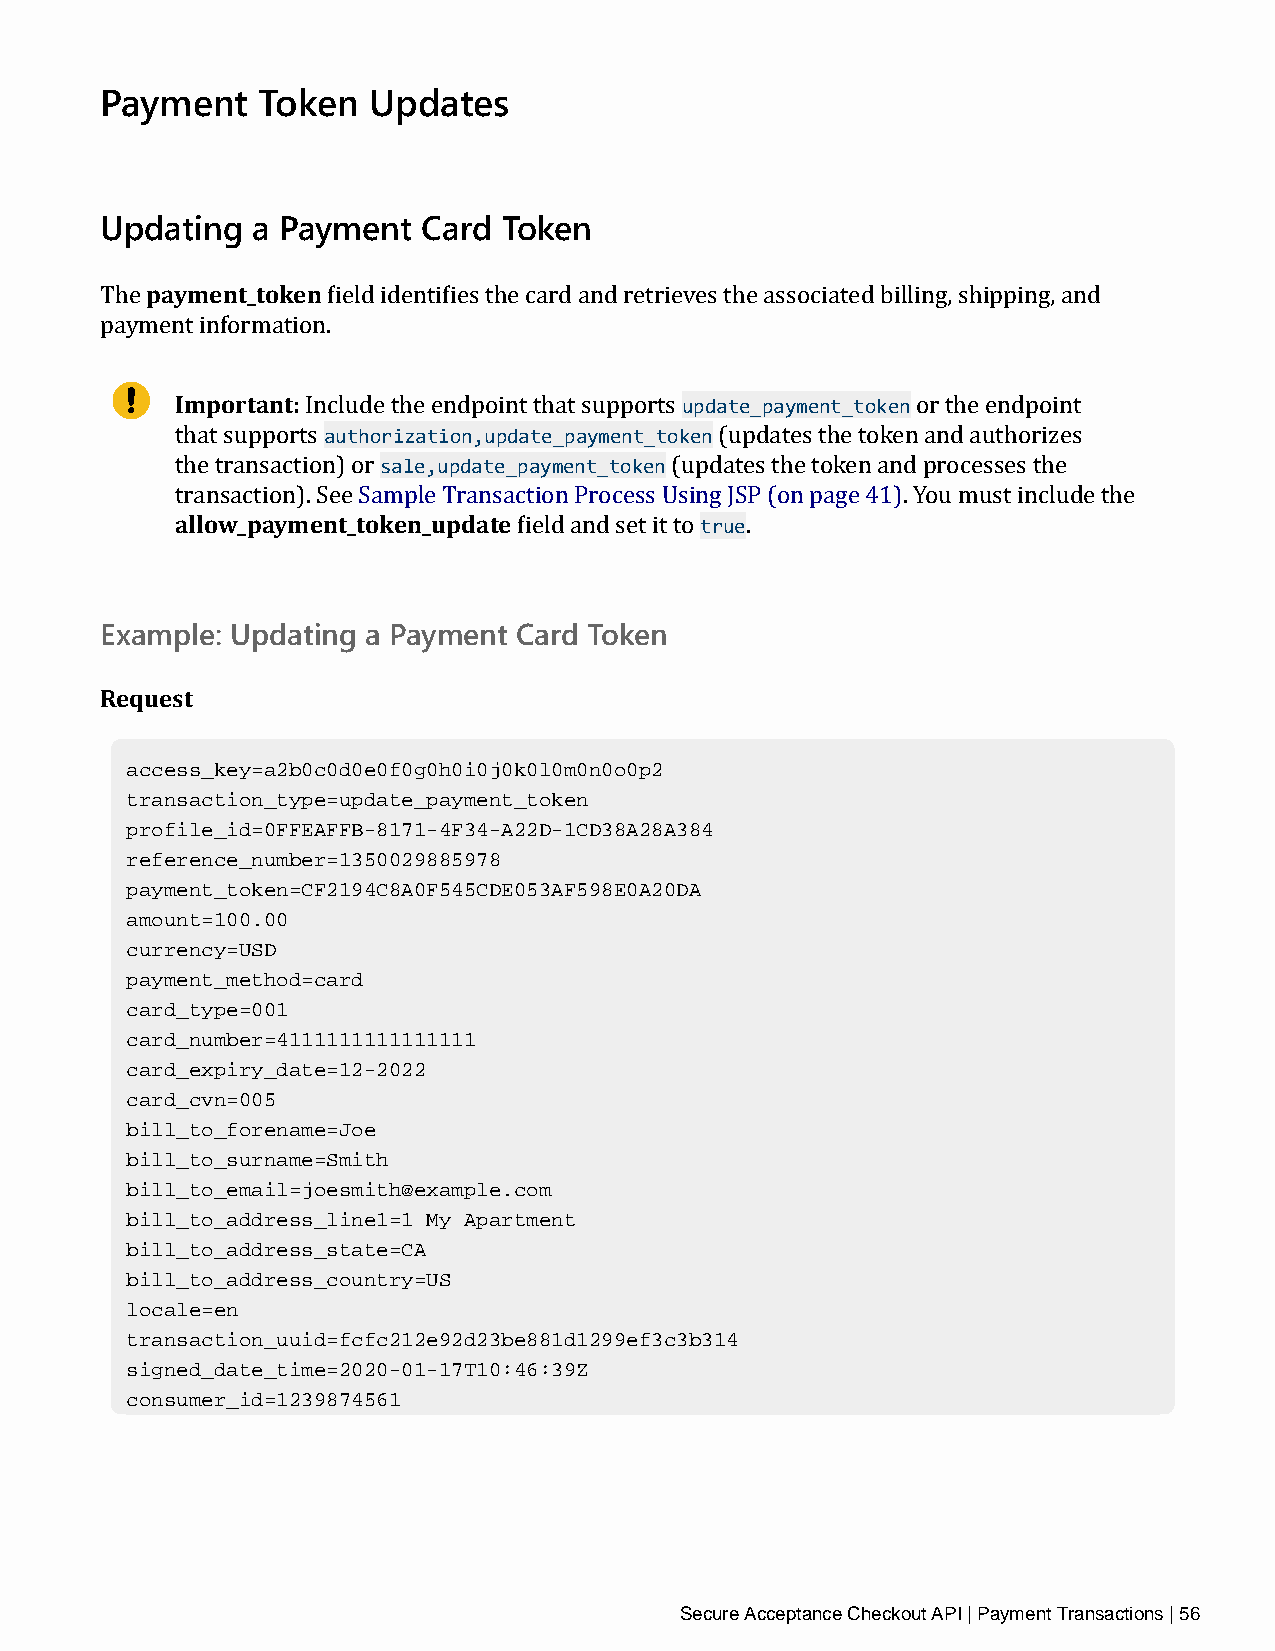
Payment   Token  Updates
 Updating  a Payment  Card Token
 payment_token
 The            field identifies the card and retrieves the associated billing, shipping, and
 payment information.
 Important:                       update_payment_token
 authorization,update_payment_token
 Include the endpoint that supports       or the endpoint
 sale,update_payment_token
 that supports                       (updates the token and authorizes
 tahlleo twra_npsaaycmtioenn)t _otro ken_update (up td ra uetes the token and processes the
 transaction). See Sample Transaction Process Using JSP (on page 41). You must include the
 field and set it to .
 Example: Updating a Payment Card Token
 Request
 access_key=a2b0c0d0e0f0g0h0i0j0k0l0m0n0o0p2
 transaction_type=update_payment_token
 profile_id=0FFEAFFB-8171-4F34-A22D-1CD38A28A384
 reference_number=1350029885978
 payment_token=CF2194C8A0F545CDE053AF598E0A20DA
 amount=100.00
 currency=USD
 payment_method=card
 card_type=001
 card_number=4111111111111111
 card_expiry_date=12-2022
 card_cvn=005
 bill_to_forename=Joe
 bill_to_surname=Smith
 bill_to_email=joesmith@example.com
 bill_to_address_line1=1 My Apartment
 bill_to_address_state=CA
 bill_to_address_country=US
 locale=en
 transaction_uuid=fcfc212e92d23be881d1299ef3c3b314
 signed_date_time=2020-01-17T10:46:39Z
 consumer_id=1239874561
 Secure Acceptance Checkout API | Payment Transactions | 56